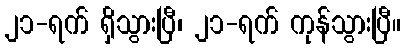
၂၁-ရက် ရှိသွားပြီ၊ ၂၁-ရက် ကုန်သွားပြီ။